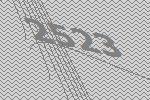
2523